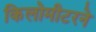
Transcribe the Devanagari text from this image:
किलोमीटरने